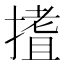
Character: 𭢈